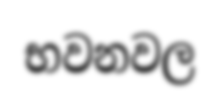
භවනවල